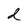
Character: d